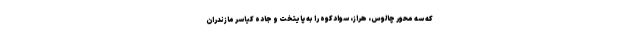
که سه محور چالوس، هراز، سوادکوه را به پایتخت و جاده کیاسر مازندران